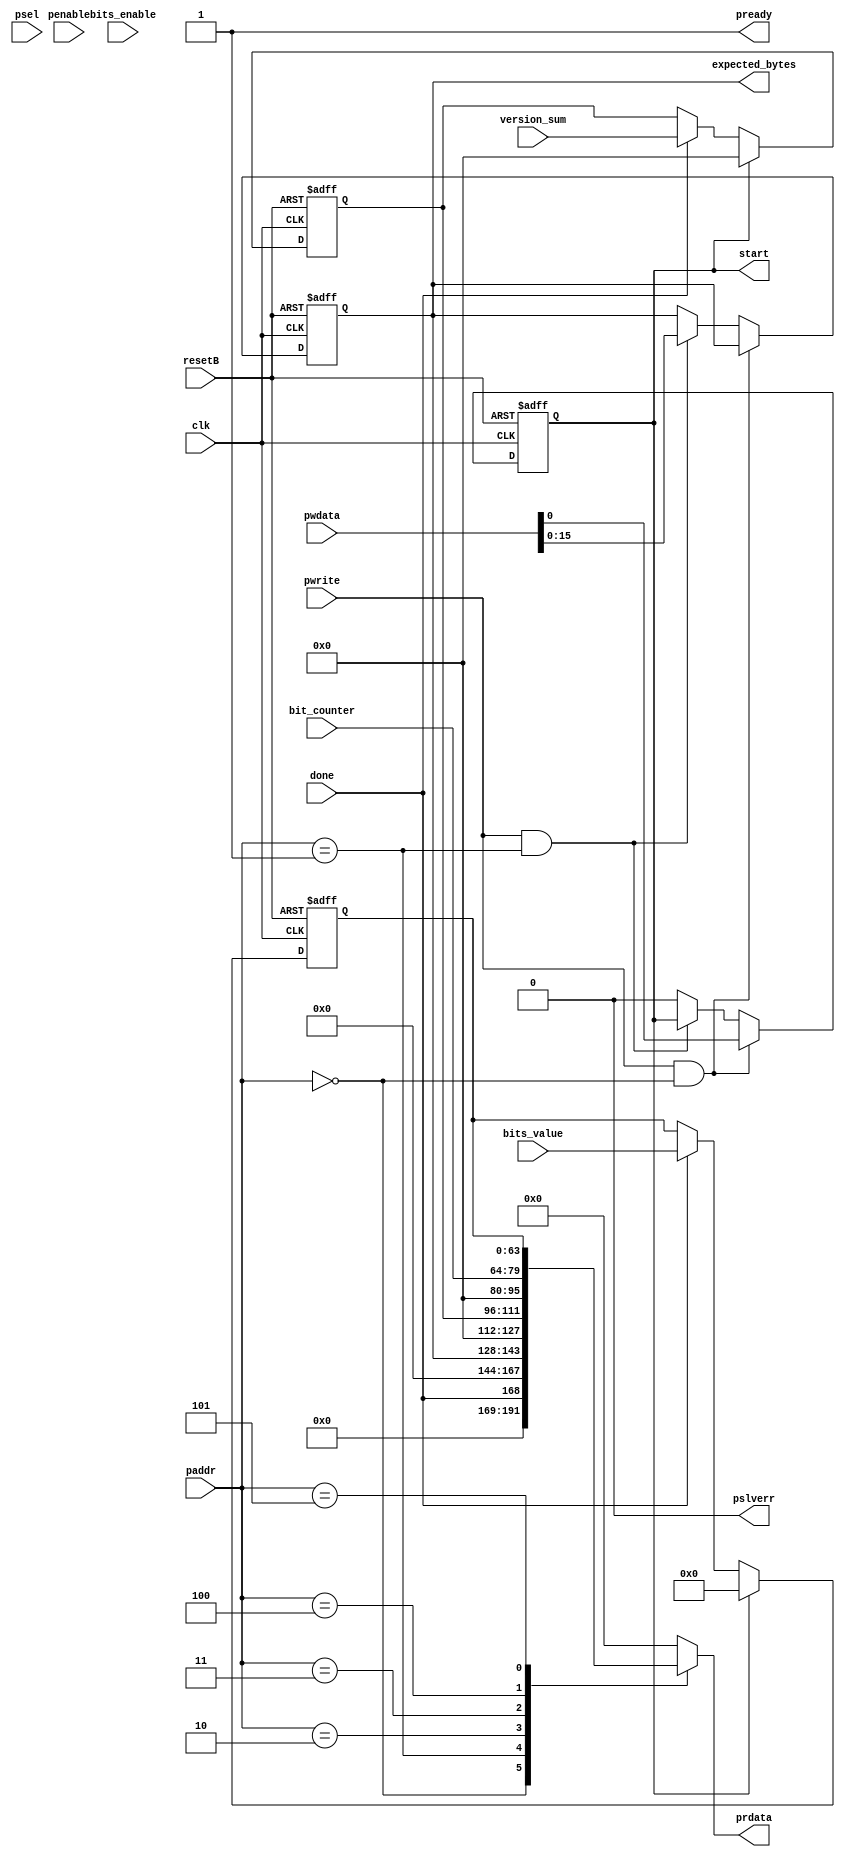
// Uses AMBA 3 APB Signals to connect to.

module bits_regs(
    //outputs
    // -- AMBA Peripheral Bus Signals
    pready,
    prdata,
    pslverr,

    // -- Signals to send to BITS Core
    expected_bytes,
    start,

    //inputs
    // -- System Inputs
    clk,
    resetB,

    // -- AMBA Peripheral Bus Signals
    paddr,
    psel,
    penable,
    pwrite,
    pwdata,

    // -- Signals from BITS Core
    done,
    bits_value,
    bits_enable,
    version_sum,
    bit_counter
);

output       pready;
output[31:0] prdata;
output       pslverr;

output[15:0] expected_bytes;
output       start;

input        clk;
input        resetB;
input[7:2]   paddr;
input        psel;
input        penable;
input        pwrite;
input[31:0]  pwdata;

input        done;
input[63:0]  bits_value;
input        bits_enable;
input[15:0]  version_sum;
input[15:0]  bit_counter;

reg          start;
reg[15:0]    expected_bytes;
reg          done_latched;
reg[15:0]    version_sum_latched;
reg[63:0]    bits_value_latched;
reg[31:0]    prdata;

wire write_cycle;
wire read_cycle;
wire pready;
wire pslverr;

assign pready = 1'b1;  //Will always complete in one cycle.
assign pslverr = 1'b0;  // No errors from this peripheral.

assign write_cycle = psel & penable & pwrite;
assign read_cycle = psel & penable & ~pwrite;

always @(read_cycle or done or version_sum_latched or bits_value_latched or paddr or bit_counter)
  begin
     prdata = 31'h0;
     case(paddr)
        6'h00 :
           begin
             prdata = {23'h0,done,8'h0};
           end
        6'h01 :
           begin
             prdata = {16'h0,expected_bytes};
           end
        6'h02 :
           begin
              prdata = {16'h0,version_sum_latched};
           end
        6'h03 :
           begin
              prdata = {16'h0,bit_counter};
           end
        6'h04 :
           begin
              prdata = bits_value_latched[63:32];
           end
        6'h05 :
           begin
              prdata = bits_value_latched[31:0];
           end
     endcase
  end

always @(posedge clk or negedge resetB)
  begin
     if (~resetB)
       begin
          start <= 1'b0;
          expected_bytes <= 16'h0;
       end
     else
       begin
         if (pwrite & (paddr[7:2] == 6'h00))
           begin
              start <= pwdata[0];
           end
         else if (pwrite & (paddr[7:2] == 6'h01))
           begin
              expected_bytes <= pwdata[15:0];
           end
         else
           begin
             start <= 1'b0;
           end
       end
  end

always @(posedge clk or negedge resetB)
  begin
     if (~resetB)
       begin
          done_latched <= 1'b0;
          version_sum_latched <= 16'h0;
          bits_value_latched <= 64'h0;
       end
     else
       begin
         if (start)
           begin
             done_latched <= 1'b0;
             version_sum_latched <= 16'h0;
             bits_value_latched = 64'h0;
           end
         else if (done)
           begin
             done_latched <= 1'b1;
             version_sum_latched <= version_sum;
             bits_value_latched <= bits_value;
           end
       end
  end

endmodule